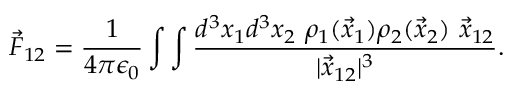
\vec { F } _ { 1 2 } = \frac { 1 } { 4 \pi \epsilon _ { 0 } } \int \int \frac { d ^ { 3 } x _ { 1 } d ^ { 3 } x _ { 2 } \ \rho _ { 1 } ( \vec { x } _ { 1 } ) \rho _ { 2 } ( \vec { x } _ { 2 } ) \ \vec { x } _ { 1 2 } } { | \vec { x } _ { 1 2 } | ^ { 3 } } .